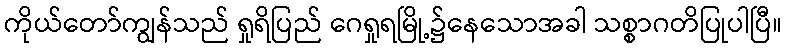
ကိုယ်တော်ကျွန်သည် ရှုရိပြည် ဂေရှုရမြို့၌နေသောအခါ သစ္စာဂတိပြုပါပြီ။